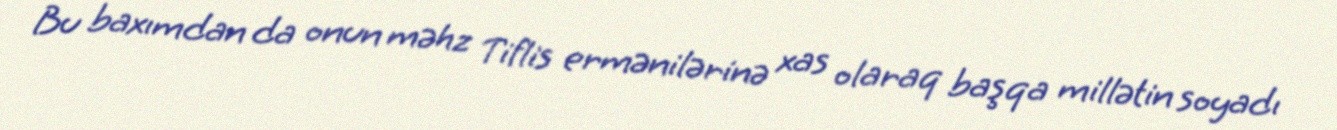
Bu baxımdan da onun məhz Tiflis ermənilərinə xas olaraq başqa millətin soyadı